Indian journal of veterinary science and animal husbandry - Volume 4,
Year: 1934
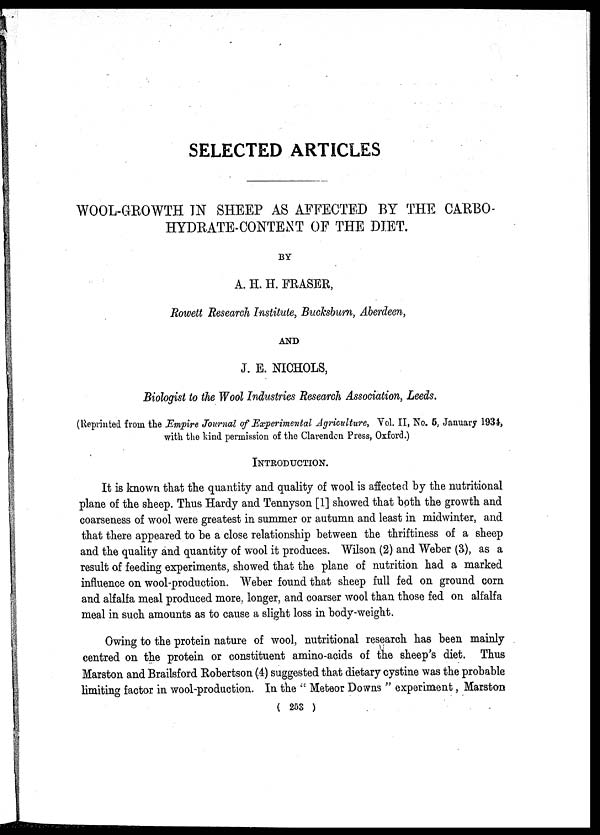
SELECTED ARTICLES
WOOL-GROWTH IN SHEEP AS AFFECTED BY THE CARBO-
HYDRATE-CONTENT OF THE DIET.
BY
A. H. H. FRASER,
Rowett Research Institute, Bucksburn, Aberdeen,
AND
J. E. NICHOLS,
Biologist to the Wool Industries Research Association, Leeds.
(Reprinted from the Empire Journal of Experimental Agriculture, Vol. II, No. 5, January 1934,
with the kind permission of the Clarendon Press, Oxford.)
INTRODUCTION.
It is known that the quantity and quality of wool is affected by the nutritional
plane of the sheep. Thus Hardy and Tennyson [1] showed that both the growth and
coarseness of wool were greatest in summer or autumn and least in midwinter, and
that there appeared to be a close relationship between the thriftiness of a sheep
and the quality and quantity of wool it produces. Wilson (2) and Weber (3), as a
result of feeding experiments, showed that the plane of nutrition had a marked
influence on wool-production. Weber found that sheep full fed on ground corn
and alfalfa meal produced more, longer, and coarser wool than those fed on alfalfa
meal in such amounts as to cause a slight loss in body-weight.
Owing to the protein nature of wool, nutritional research has been mainly
centred on the protein or constituent amino-acids of the sheep's diet. Thus
Marston and Brailsford Robertson (4) suggested that dietary cystine was the probable
limiting factor in wool-production. In the " Meteor Downs " experiment, Marston
( 253 )